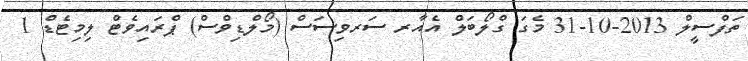
ތަފްސީލް 2013-10-31 މެގަ ގްލޯބަލް އެއާރ ސަރވިސަސް (މޯލްޑިވްސް) ޕްރައިވެޓް ލިމިޓެޑް 1